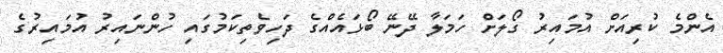
އެންމެ ކުރިއަށް އުމައިރު ގޯލަށް ހަމަލާ ދޭނޭ ބޯޅައެއްގެ ދަހިވެތިކަމުގައި ހުންނައިރު އުމައިރުގެ